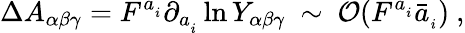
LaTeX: \Delta A_{\alpha\beta\gamma}=F^{a_{_i}}\partial_{a_{_i}}\ln Y_{\alpha\beta\gamma}~\sim~{\cal O}(F^{a_{_i}}\bar{a}_{_i})~,